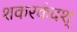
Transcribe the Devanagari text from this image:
शकरकंदश्